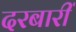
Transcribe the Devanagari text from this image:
दरबारीं